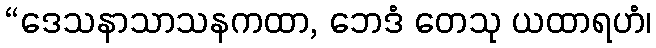
“ဒေသနာသာသနကထာ, ဘေဒံ တေသု ယထာရဟံ၊